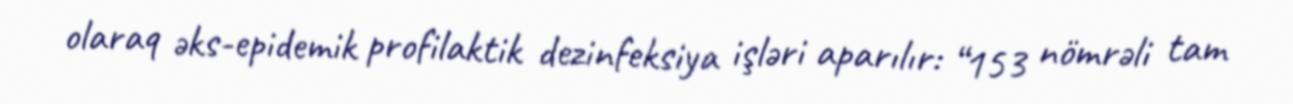
olaraq əks-epidemik profilaktik dezinfeksiya işləri aparılır: “153 nömrəli tam